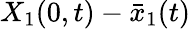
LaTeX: X_{1}(0,t)-\bar{x}_{1}(t)